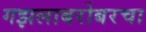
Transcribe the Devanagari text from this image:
गझलाबरोबरचा